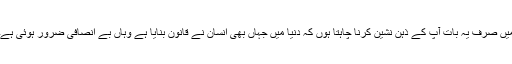
میں صرف یہ بات آپ کے ذہن نشین کرنا چاہتا ہوں کہ دنیا میں جہاں بھی انسان نے قانون بنایا ہے وہاں بے انصافی ضرور ہوئی ہے۔